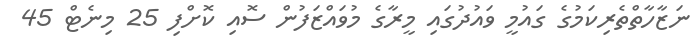
ނަޒާހާތްތެރިކަމުގެ ގައުމީ ވައުދުގައި މީރާގެ މުވައްޒަފުން ސޮއި ކޮށްފި 25 މިނެޓް 45